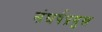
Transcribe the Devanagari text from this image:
संघर्षप्रमुख